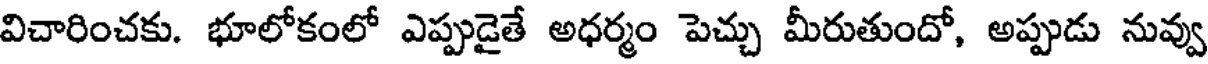
విచారించకు. భూలోకంలో ఎప్పుడైతే అధర్మం పెచ్చు మీరుతుందో, అప్పుడు నువ్వు